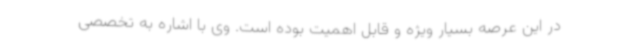
در این عرصه بسیار ویژه و قابل اهمیت بوده است. وی با اشاره به تخصصی